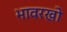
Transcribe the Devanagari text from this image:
भावरखो